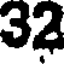
32